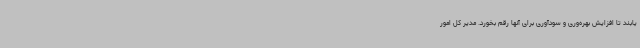
یابند تا افزایش بهره‌وری و سودآوری برای آنها رقم بخورد. مدیر کل امور